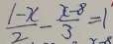
\frac { 1 - x } { 2 } - \frac { x - 8 } { 3 } = 1